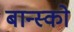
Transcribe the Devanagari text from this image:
बान्स्को